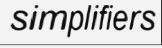
simplifiers